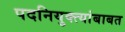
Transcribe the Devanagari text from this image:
पदनियुक्त्यांबाबत